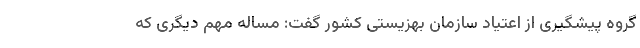
گروه پیشگیری از اعتیاد سازمان بهزیستی کشور گفت: مساله مهم دیگری که